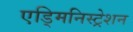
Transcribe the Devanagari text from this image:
एड्मिनिस्ट्रेशन